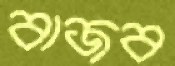
বাজব